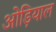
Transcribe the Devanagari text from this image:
ओड़ियाल